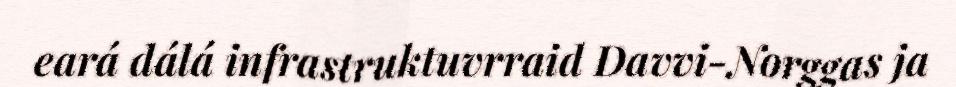
eará dálá infrastruktuvrraid Davvi-Norggas ja